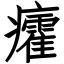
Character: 癨